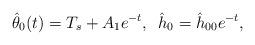
LaTeX: \begin{align*}\hat \theta_0(t)=T_s+A_1e^{-t},\,\,\,\hat h_0=\hat h_{00}e^{-t},\end{align*}